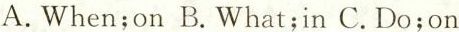
A. When;on B.What;in C.Do;on